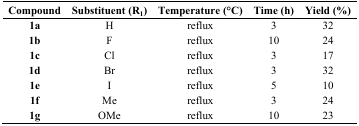
| Compound | Substituent (R1) | Temperature (°C) | Time (h) | Yield (%) |
 | --- | --- | --- | --- | --- |
 | 1a | H | reflux | 3 | 32 |
 | 1b | F | reflux | 10 | 24 |
 | 1c | Cl | reflux | 3 | 17 |
 | 1d | Br | reflux | 3 | 32 |
 | 1e | I | reflux | 5 | 10 |
 | 1f | Me | reflux | 3 | 24 |
 | 1g | OMe | reflux | 10 | 23 |